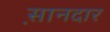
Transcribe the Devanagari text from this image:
स़ानदार